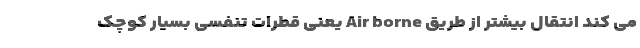
می کند انتقال بیشتر از طریق Air borne یعنی قطرات تنفسی بسیار کوچک